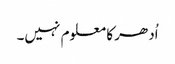
اُدھر کا معلوم نہیں۔